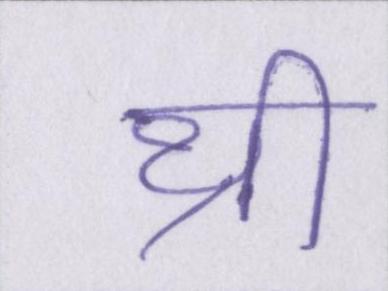
थ्री